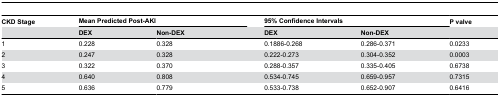
<table><thead><tr><td><b>CKD Stage </b></td><td colspan="2"><b>Mean Predicted Post-AKI</b></td><td></td><td colspan="2"><b>95% Confidence Intervals</b></td><td><b>P valve</b></td></tr><tr><td></td><td><b>DEX</b></td><td><b>Non-DEX</b></td><td></td><td><b>DEX</b></td><td><b>Non-DEX</b></td><td></td></tr></thead><tbody><tr><td>1</td><td>0.228</td><td>0.328</td><td></td><td>0.1886-0.268</td><td>0.286-0.371</td><td>0.0233</td></tr><tr><td>2</td><td>0.247</td><td>0.328</td><td></td><td>0.222-0.273</td><td>0.304-0.352</td><td>0.0003</td></tr><tr><td>3</td><td>0.322</td><td>0.370</td><td></td><td>0.288-0.357</td><td>0.335-0.405</td><td>0.6738</td></tr><tr><td>4</td><td>0.640</td><td>0.808</td><td></td><td>0.534-0.745</td><td>0.659-0.957</td><td>0.7315</td></tr><tr><td>5</td><td>0.636</td><td>0.779</td><td></td><td>0.533-0.738</td><td>0.652-0.907</td><td>0.6416</td></tr></tbody></table>